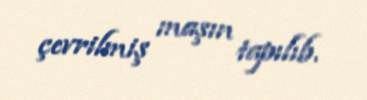
çevrilmiş maşın tapılıb.